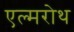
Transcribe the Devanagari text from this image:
एल्मरोथ